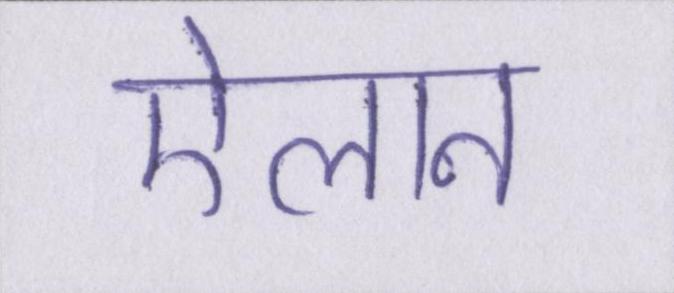
ऐलान